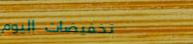
تخفيضات اليوم